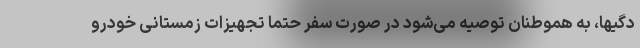
دگیها، به هموطنان توصیه می‌شود در صورت سفر حتما تجهیزات زمستانی خودرو